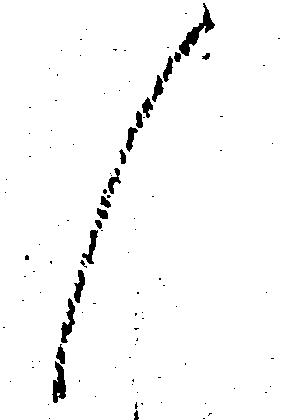
候